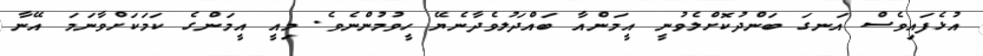
އުޅެފައިވެސް އަނގަ ބަންދުކޮށްލެވުނީ އީމަންއާ ބައްދަލުވެދާނެޔޭ ހީވުމުންނެވެ. މިއީ އީމަންގެ ކަމަކަށްވާނަމަ އޭނާ